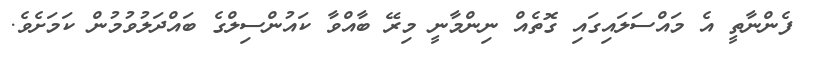
ފެންނާތީ އެ މައްސަލައިގައި ގޮތެއް ނިންމާނީ މިރޭ ބާއްވާ ކައުންސިލްގެ ބައްދަލުވުމުން ކަމަށެވެ.